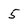
Character: 5